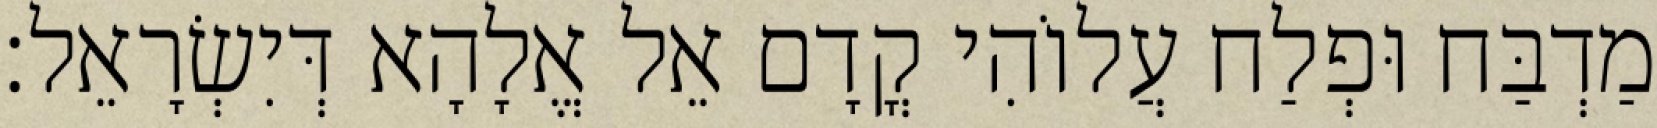
מַדְבַּח וּפְלַח עֲלוֹהִי קֳדָם אֵל אֱלָהָא דְּיִשְׂרָאֵל׃